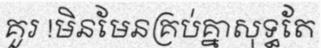
គួរ !មិនមែនគ្រប់គ្នាសុទ្ធតែ